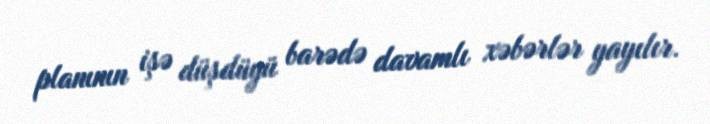
planının işə düşdüyü barədə davamlı xəbərlər yayılır.